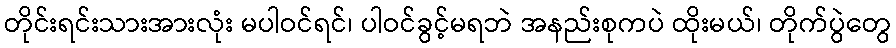
တိုင်းရင်းသားအားလုံး မပါဝင်ရင်၊ ပါဝင်ခွင့်မရဘဲ အနည်းစုကပဲ ထိုးမယ်၊ တိုက်ပွဲတွေ